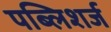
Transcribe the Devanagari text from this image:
पब्लिशर्ज